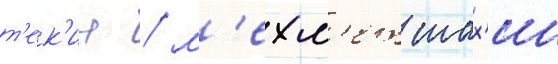
т'ек'ин / м'ехм'ет шах'ин